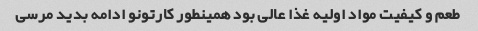
طعم و کیفیت مواد اولیه غذا عالی بود همینطور کارتونو ادامه بدید مرسی